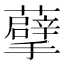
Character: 𮓂